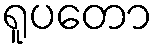
ရူပတော